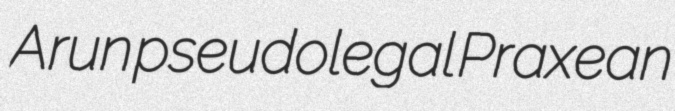
Arun pseudolegal Praxean